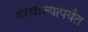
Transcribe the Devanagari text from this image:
दरवाज्यापर्यंत